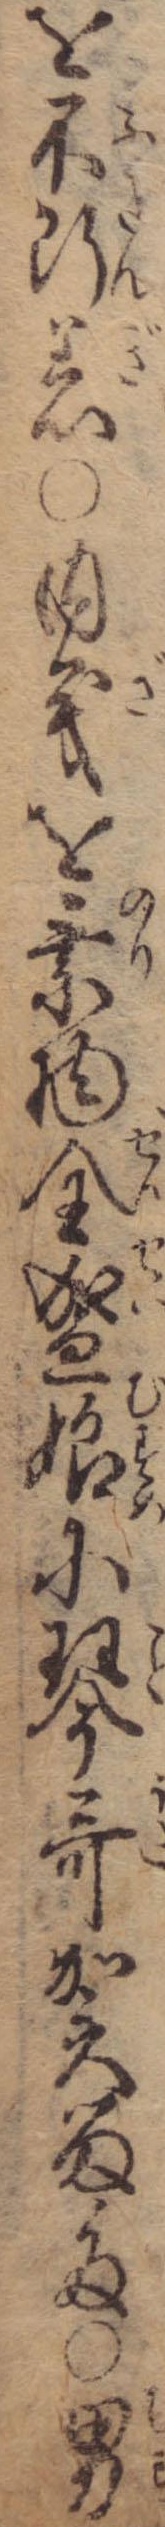
を不断着〇内義を乗物全盛娘に琴歌賀留多〇男